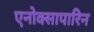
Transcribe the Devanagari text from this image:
एनोक्सापारिन